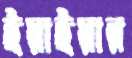
ইয়াইয়ার